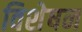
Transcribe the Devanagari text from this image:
विशेषन